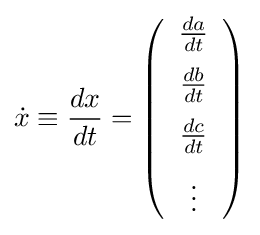
{\dot {x}}\equiv {\frac {dx}{dt}}=\left({\begin{array}{c}{\frac {da}{dt}}\\[6pt]{\frac {db}{dt}}\\[6pt]{\frac {dc}{dt}}\\[6pt]\vdots \end{array}}\right)